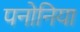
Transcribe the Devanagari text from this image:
पनोनिया